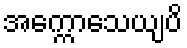
အက္ကောသေယျပိ